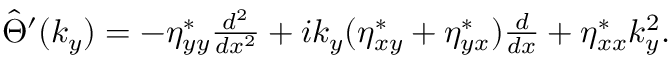
\begin{array} { r } { \hat { \Theta } ^ { \prime } ( k _ { y } ) = - \eta _ { y y } ^ { * } \frac { d ^ { 2 } } { d x ^ { 2 } } + i k _ { y } ( \eta _ { x y } ^ { * } + \eta _ { y x } ^ { * } ) \frac { d } { d x } + \eta _ { x x } ^ { * } k _ { y } ^ { 2 } . } \end{array}